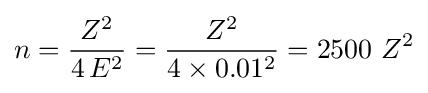
n={\frac {Z^{2}}{4\,E^{2}}}={\frac {Z^{2}}{4\times 0.01^{2}}}=2500\ Z^{2}